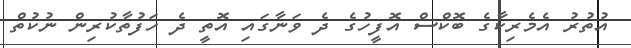
އުތުރު އެމެރިކާގެ ބޮކްސް އޮފީހުގެ ދެ ވަނާގައި އޮތީ ދެ ހަފުތާކުރިން ނުކުތް